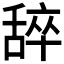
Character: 𬜈